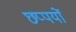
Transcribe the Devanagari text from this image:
छप्पयों